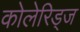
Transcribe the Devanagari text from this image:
कोलेरिड्ज